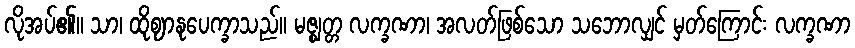
လိုအပ်၏။ သာ၊ ထိုဈာနုပေက္ခာသည်။ မဇ္ဈတ္တ လက္ခဏာ၊ အလတ်ဖြစ်သော သဘောလျှင် မှတ်ကြောင်း လက္ခဏာ